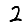
Digit: 2